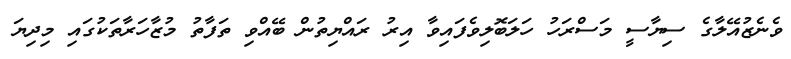
ވެނެޒުއޭލާގެ ސިޔާސީ މަސްރަހު ހަަލަބޮލިވެފައިވާ އިރު ރައްޔިތުން ބޭއްވި ތަފާތު މުޒާހަރާތަކުގައި މިދިޔަ